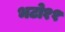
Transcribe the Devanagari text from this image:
भटो११